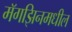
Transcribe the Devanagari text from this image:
मॅगझिनमधील